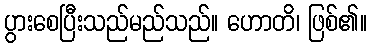
ပွားစေပြီးသည်မည်သည်။ ဟောတိ၊ ဖြစ်၏။